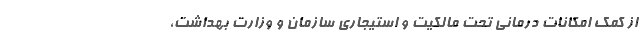
از کمک امکانات درمانی تحت مالکیت و استیجاری سازمان و وزارت بهداشت،